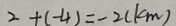
2 + ( - 4 ) = - 2 ( k m )